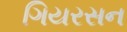
ગિયરસન